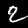
Label: 2